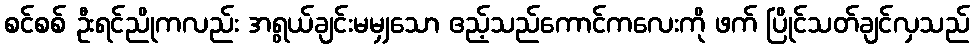
စင်စစ် ဦးရင်ညိုကလည်း အရွယ်ချင်းမမျှသော ဧည့်သည်ကောင်ကလေးကို ဖက် ပြိုင်သတ်ချင်လှသည်